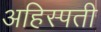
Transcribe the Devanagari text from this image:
अहिस्पती